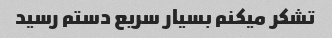
تشکر میکنم بسیار سریع دستم رسید